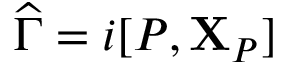
\boldsymbol { \widehat { \Gamma } } = { i } [ P , { \mathbf { X } } _ { P } ]